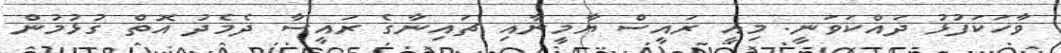
ވާހަކަފުޅު ދައްކަވަނީ. މިއީ ރައީސް ޔާމީނާއި ޗައިނާގެ ރައީސާ ދެމެދު އޮތް ގުޅުމުން